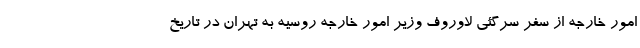
امور خارجه از سفر سرگئی لاوروف وزیر امور خارجه روسیه به تهران در تاریخ